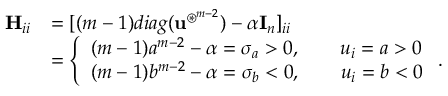
\begin{array} { r l } { \mathbf H _ { i i } } & { = [ ( m - 1 ) d i a g ( \mathbf u ^ { \circledast ^ { m - 2 } } ) - \alpha \mathbf I _ { n } ] _ { i i } } \\ & { = \left\{ \begin{array} { l l } { ( m - 1 ) a ^ { m - 2 } - \alpha = \sigma _ { a } > 0 , \quad \quad u _ { i } = a > 0 } \\ { ( m - 1 ) b ^ { m - 2 } - \alpha = \sigma _ { b } < 0 , \quad \quad u _ { i } = b < 0 } \end{array} \right. . } \end{array}